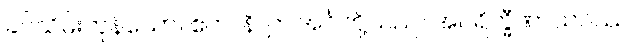
ခပ်သိမ်းကုန်သော။ ဧတာနိ၊ ဤအင်္ဂါတို့သည်။ အပရိက္ခီဏာသဝဿ၊